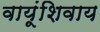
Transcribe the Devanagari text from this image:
वायूंशिवाय